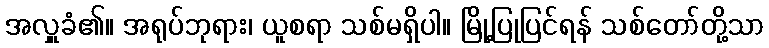
အလှူခံ၏။ အရုပ်ဘုရား၊ ယူစရာ သစ်မရှိပါ။ မြို့ပြုပြင်ရန် သစ်တော်တို့သာ